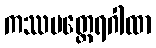
ကဿပတ္ထေရဂါထာ